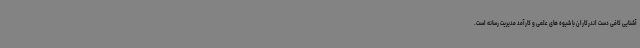
آشنایی کافی دست اندرکاران با شیوه های علمی و کارآمد مدیریت رسانه است.